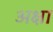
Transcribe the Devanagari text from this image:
अक्षा